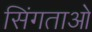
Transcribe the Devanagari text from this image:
सिंगताओ